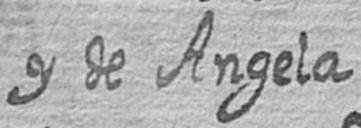
y de Angela